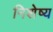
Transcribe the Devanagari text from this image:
निशेष्य